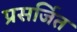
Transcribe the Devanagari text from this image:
प्रसर्जित